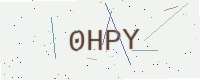
Text: 0HPY